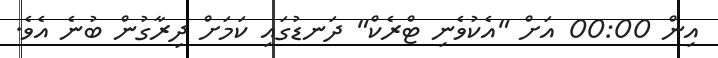
އިން 00:00 އަށް "އެކުވެނި ޓްރެކް" ދަނޑުގައި ކަމަށް ދިރާގުން ބުނެ އެވެ.